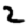
Digit: 2